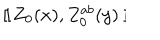
LaTeX: ~ [ \kern - 0 . 4 5 e m \llap ~ [ ~ Z _ { 0 } ( x ) , Z _ { 0 } ^ { a b } ( y ) ~ ] \kern - 0 . 4 5 e m \llap ~